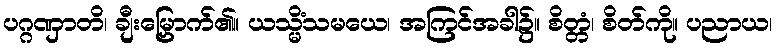
ပဂ္ဂဏှာတိ၊ ချီးမြှောက်၏။ ယသ္မိံသမယေ၊ အကြင်အခါ၌။ စိတ္တံ၊ စိတ်ကို။ ပညာယ၊